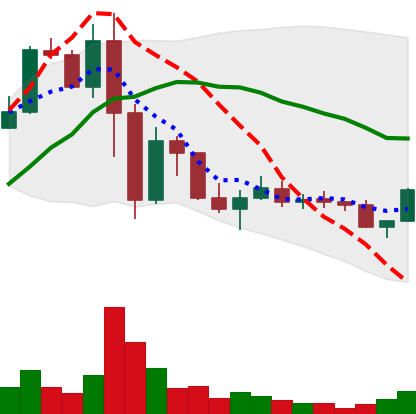
Ticker: LINK-USD
Chart end date: 2022-11-22
Forward return: 7.882%
Label: up_7plus